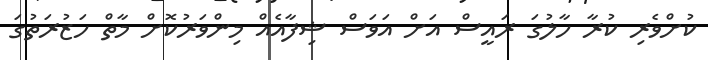
ކުށްވެރި ކުރާ ހާލުގަ ރައީސް އަށް އަވަސް ޝިފާއެއް މިންވަރުކޮށް މާތް ހަޒުރަތުގަ